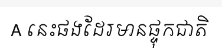
A នេះផងដែរមានផ្ទុកជាតិ